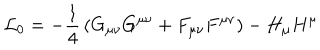
{ \cal L } _ { 0 } = - \frac 1 4 \, ( G _ { \mu \nu } G ^ { \mu \nu } + F _ { \mu \nu } F ^ { \mu \nu } ) - H _ { \mu } H ^ { \mu }